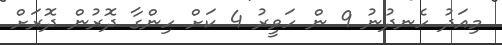
މިއަދު ހެނދުނު 9 ން ހަވީރު 4 ކަށް ހިންގާ ދޮރުން ދޮރަށް